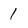
Character: 1